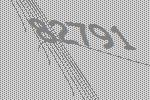
82791